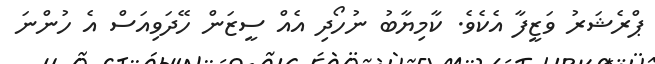
ޕްރެޝަރު ވަޒީފާ އެކެވެ. ކާމިޔާބު ނުހޯދި އެއް ސީޒަން ހޭދަވިއަސް އެ ހުންނަ